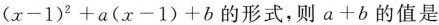
$$(x-1)^{2}+a(x-1)+b$$的形式，则$$a+b$$的值是